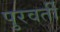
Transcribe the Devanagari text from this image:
पुरवर्ती